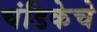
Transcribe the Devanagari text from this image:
चंडिकेचे